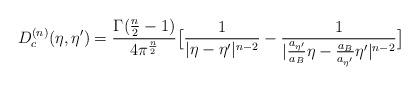
LaTeX: \begin{align*}D_{c}^{(n)}(\eta,{\eta}') = \frac{\Gamma(\frac{n}{2}-1)}{4\pi^{\frac{n}{2}}}\big{[}\frac{1}{|{\eta}-{\eta}'|^{n-2}} -\frac{1}{|\frac{a_{{\eta}'}}{a_B}{\eta}-\frac{a_B}{a_{{\eta}'}}{\eta}'|^{n-2}}\big{]}\end{align*}